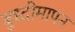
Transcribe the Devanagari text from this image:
बुध्दीमापन